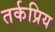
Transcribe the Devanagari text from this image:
तर्कप्रिय